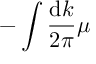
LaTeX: - \int \frac { \mathrm { d } k } { 2 \pi } \mu